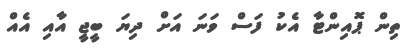
ތިން ޕޮއިންޓާ އެކު ފަސް ވަނަ އަށް ދިޔަ ބީޖީ އާއި އެއް